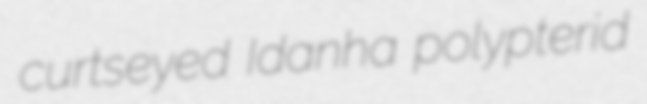
curtseyed Idanha polypterid